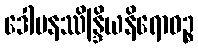
ဒေါမနဿိန္ဒြိယနိရောဓဉ္စ